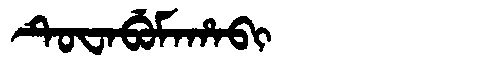
Manchu: ᡨᡠᠸᠠᠪᡠᠮᠠᡥᠠᠪᡳ
Romanization: TUWABUMAHABI